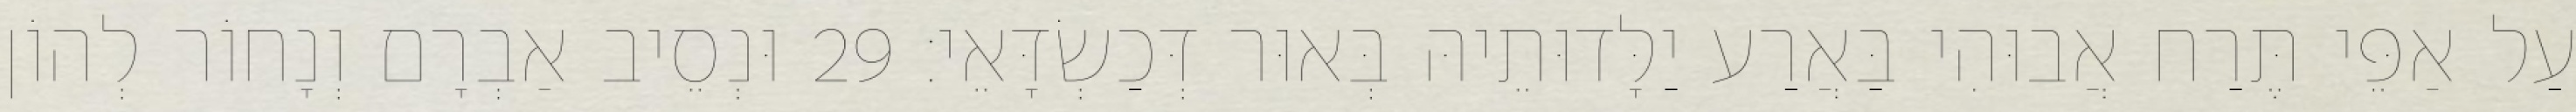
עַל אַפֵּי תֶּרַח אֲבוּהִי בַּאֲרַע יַלָּדוּתֵיהּ בְּאוּר דְּכַשְׂדָּאֵי׃ 29 וּנְסֵיב אַבְרָם וְנָחוֹר לְהוֹן